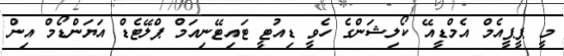
މީ ޕީޕީއެމް އެމްޑީއޭ ކޯލިޝަންގެ ހެވީ ޑިއުޓީ ޓައިޓޭނިއަމް ޕްލޭޓެޑް އަޔަންޑޯމް އިން